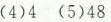
(4)4(5)48